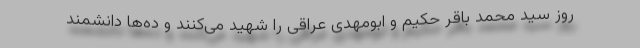
روز سید محمد باقر حکیم و ابومهدی عراقی را شهید می‌کنند و ده‌ها دانشمند